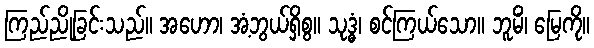
ကြည်ညိုခြင်းသည်။ အဟော၊ အံ့ဘွယ်ရှိစွ။ သုဒ္ဓံ၊ စင်ကြယ်သော။ ဘူမိံ၊ မြေကို။